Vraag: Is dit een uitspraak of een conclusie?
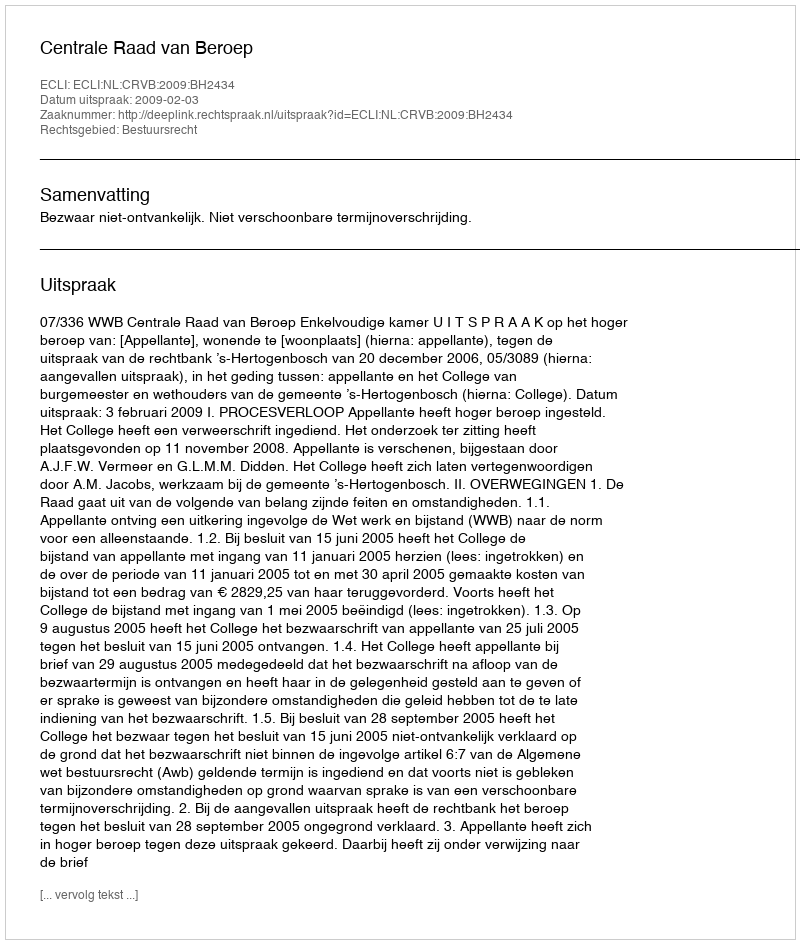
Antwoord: Uitspraak